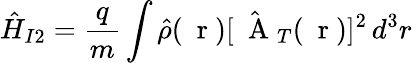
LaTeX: \hat{H}_{I2}=\frac{q}{m}\int\hat{\rho}(\mathrm{~\mathbf~r~})[\hat{\mathrm{~\mathbf~A~}}_{T}(\mathrm{~\mathbf~r~})]^{2}\, d^{3}r